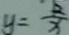
y = \frac { 2 } { x }